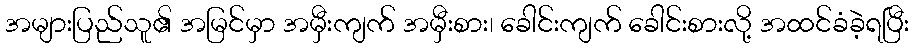
အများပြည်သူ၏ အမြင်မှာ အမှီးကျက် အမှီးစား၊ ခေါင်းကျက် ခေါင်းစားလို့ အထင်ခံခဲ့ရပြီး